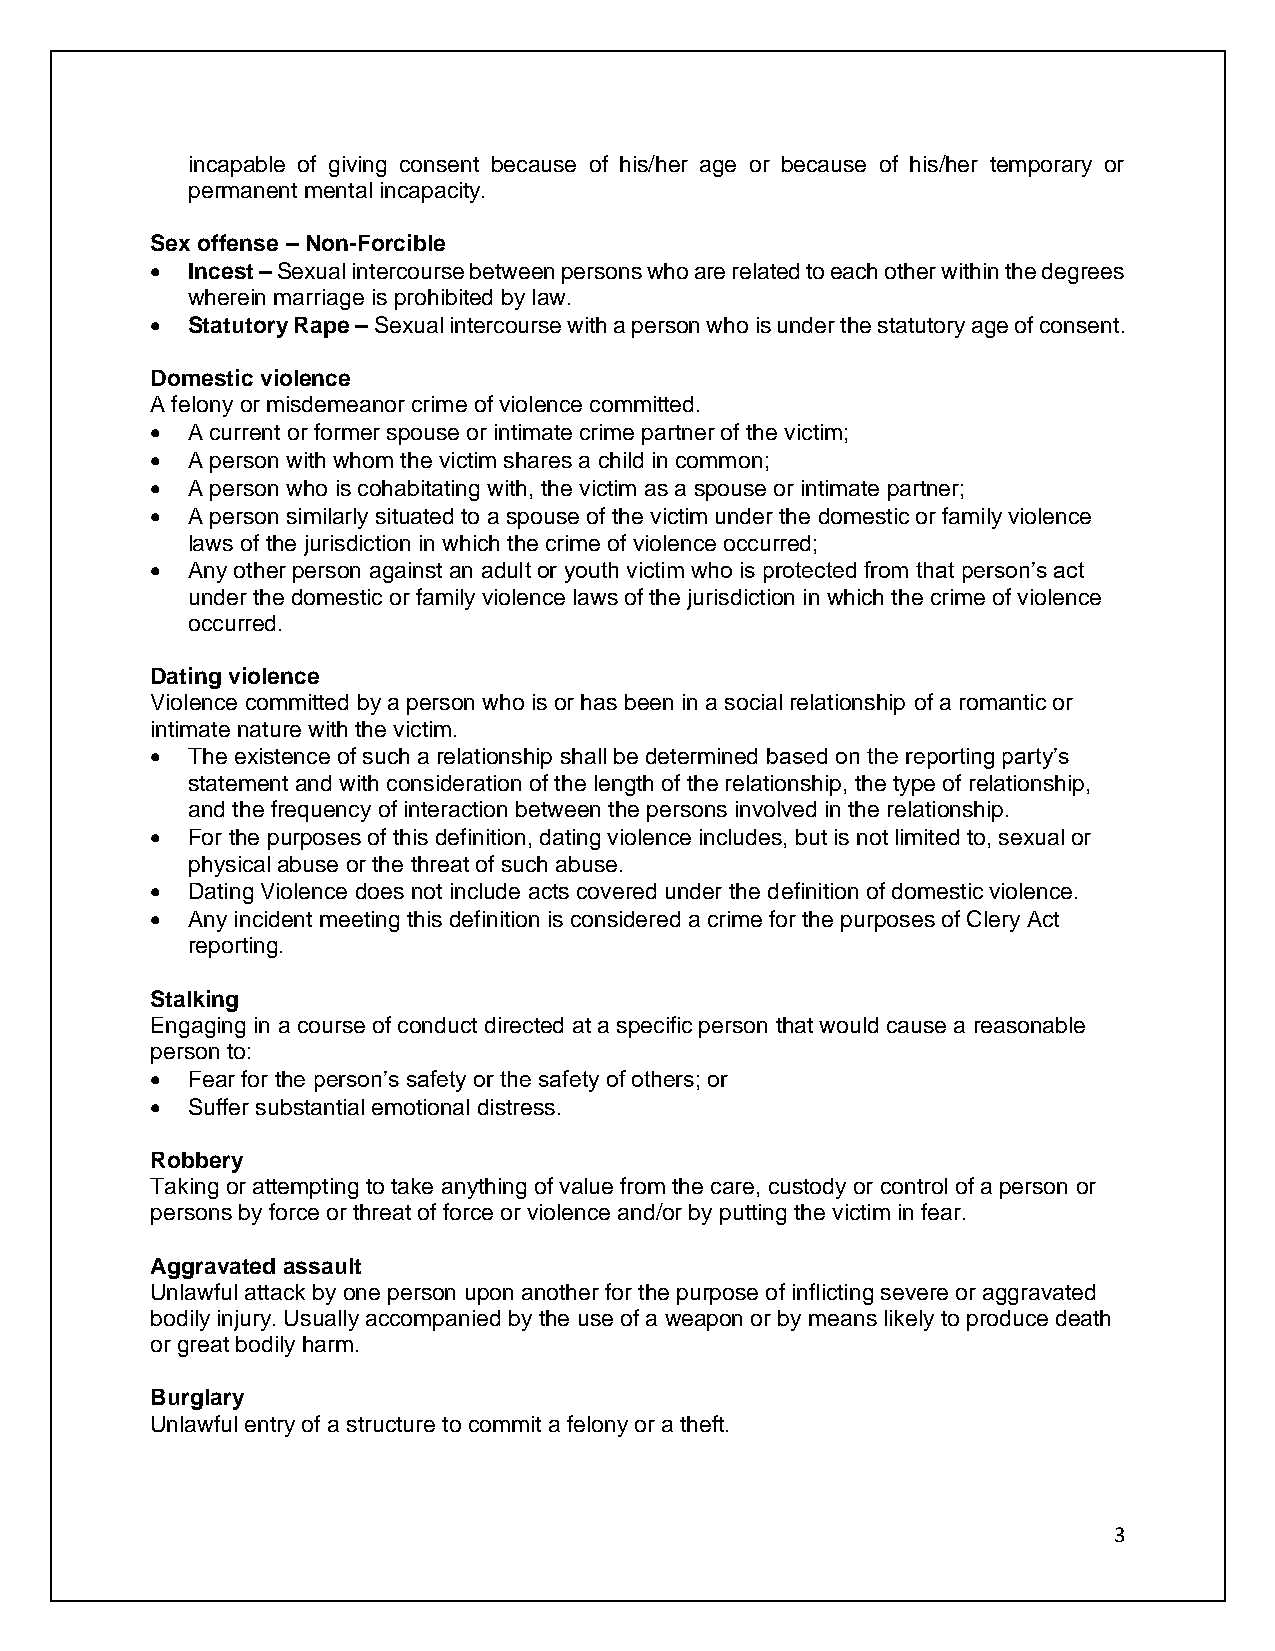
incapable of giving consent because of his/her age or because of his/her temporary or
 permanent mental incapacity.
 Sex offense – Non-Forcible
 • Incest – Sexual intercourse between persons who are related to each other within the degrees
 wherein marriage is prohibited by law.
 • Statutory Rape – Sexual intercourse with a person who is under the statutory age of consent.
 Domestic violence
 A felony or misdemeanor crime of violence committed.
 • A current or former spouse or intimate crime partner of the victim;
 • A person with whom the victim shares a child in common;
 • A person who is cohabitating with, the victim as a spouse or intimate partner;
 • A person similarly situated to a spouse of the victim under the domestic or family violence
 laws of the jurisdiction in which the crime of violence occurred;
 • Any other person against an adult or youth victim who is protected from that person’s act
 under the domestic or family violence laws of the jurisdiction in which the crime of violence
 occurred.
 Dating violence
 Violence committed by a person who is or has been in a social relationship of a romantic or
 intimate nature with the victim.
 • The existence of such a relationship shall be determined based on the reporting party’s
 statement and with consideration of the length of the relationship, the type of relationship,
 and the frequency of interaction between the persons involved in the relationship.
 • For the purposes of this definition, dating violence includes, but is not limited to, sexual or
 physical abuse or the threat of such abuse.
 • Dating Violence does not include acts covered under the definition of domestic violence.
 • Any incident meeting this definition is considered a crime for the purposes of Clery Act
 reporting.
 Stalking
 Engaging in a course of conduct directed at a specific person that would cause a reasonable
 person to:
 • Fear for the person’s safety or the safety of others; or
 • Suffer substantial emotional distress.
 Robbery
 Taking or attempting to take anything of value from the care, custody or control of a person or
 persons by force or threat of force or violence and/or by putting the victim in fear.
 Aggravated assault
 Unlawful attack by one person upon another for the purpose of inflicting severe or aggravated
 bodily injury. Usually accompanied by the use of a weapon or by means likely to produce death
 or great bodily harm.
 Burglary
 Unlawful entry of a structure to commit a felony or a theft.
 3